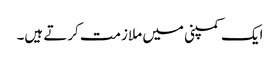
ایک کمپنی میں ملازمت کرتے ہیں۔